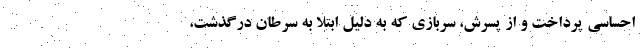
احساسی پرداخت و از پسرش، سربازی که به دلیل ابتلا به سرطان درگذشت،